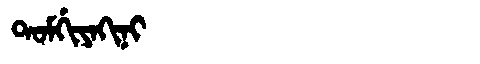
Manchu: ᡨᠣᠮᡤᡳᠶᠠᡴᡳᠨᡳ
Romanization: TOMGIYAKINI